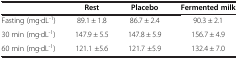
|  | Rest | Placebo | Fermented milk |
 | --- | --- | --- | --- |
 | Fasting (mg·dL-1) | 89.1 ± 1.8 | 86.7 ± 2.4 | 90.3 ± 2.1 |
 | 30 min (mg·dL-1) | 147.9 ± 5.5 | 147.8 ± 5.9 | 156.7 ± 4.9 |
 | 60 min (mg·dL-1) | 121.1 ±5.6 | 121.7 ±5.9 | 132.4 ± 7.0 |